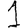
Digit: 1